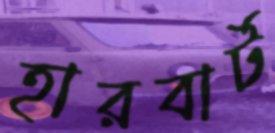
হারবার্ট